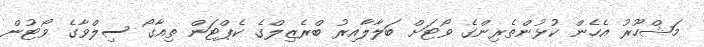
މަޝްހޫރު އެހެން ކުޅުންތެރިންގެ ވޯޓަށް ބަލާލާއިރު ބްރެޒިލްގެ ކެޕްޓަން ތިއާގޯ ސިލްވާގެ ވޯޓުން